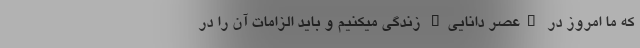
که ما امروز در "عصر دانایی" زندگی میکنیم و باید الزامات آن را در